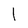
Character: l